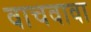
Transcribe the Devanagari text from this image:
वाचवावा